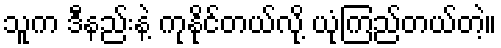
သူက ဒီနည်းနဲ့ ကုနိုင်တယ်လို့ ယုံကြည်တယ်တဲ့။